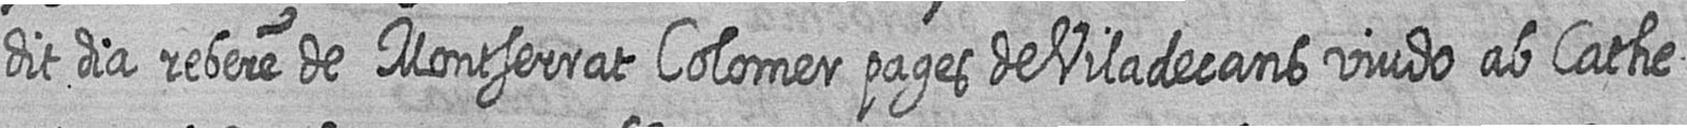
dit dia rebere de Montserrat Colomer pages de Viladecans viudo ab Cathe=